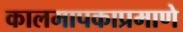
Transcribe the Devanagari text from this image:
कालमापकाप्रमाणे